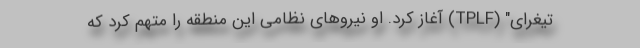
تیغرای" (TPLF) آغاز کرد. او نیروهای نظامی این منطقه را متهم کرد که